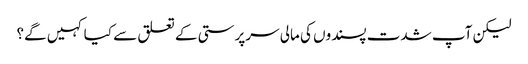
لیکن آپ شدت پسندوں کی مالی سرپرستی کے تعلق سے کیا کہیں گے؟